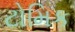
ટોમિક